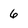
Character: 6